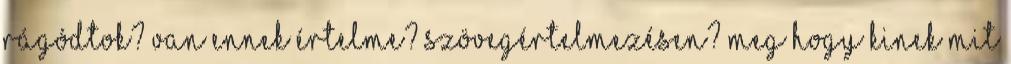
rágódtok? Van ennek értelme? Szövegértelmezésen? Meg hogy kinek mit